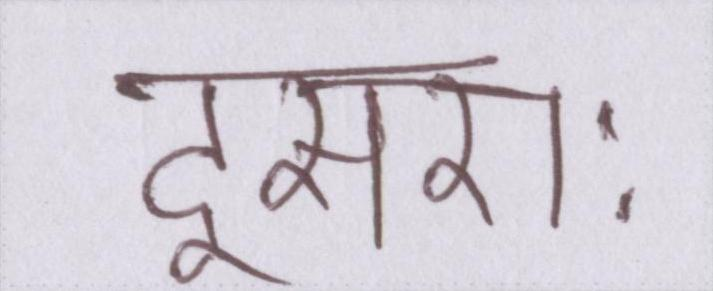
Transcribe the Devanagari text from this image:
दूसराः